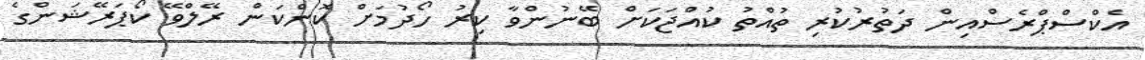
އެކްސްޕްރެސްއިން ދަތުރުކުރި ތުއްތު ކުއްޖަކަށް ބޭނުންވާ ކިރު ހޯދުމަށް ކޮންކަން ރޭލްވޭ ކޯޕަރޭޝަންގެ